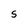
Character: S